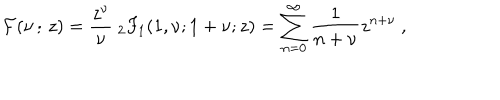
{ \cal F } ( \nu \, ; \, z ) = \frac { z ^ { \nu } } { \nu } \ _ { 2 } F _ { 1 } ( 1 , \nu ; 1 + \nu ; z ) = \sum _ { n = 0 } ^ { \infty } \frac { 1 } { n + \nu } z ^ { n + \nu } ~ ,